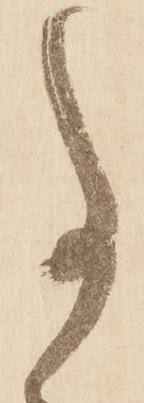
事